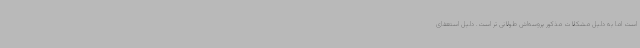
است اما به دلیل مشکلات مذکور پروسه‌اش طولانی تر است. دلیل استعفای